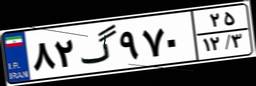
۴۴گ۱۱۷۴۲